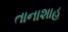
તાનાશાહ